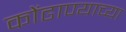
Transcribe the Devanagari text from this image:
कोंढाण्याच्या